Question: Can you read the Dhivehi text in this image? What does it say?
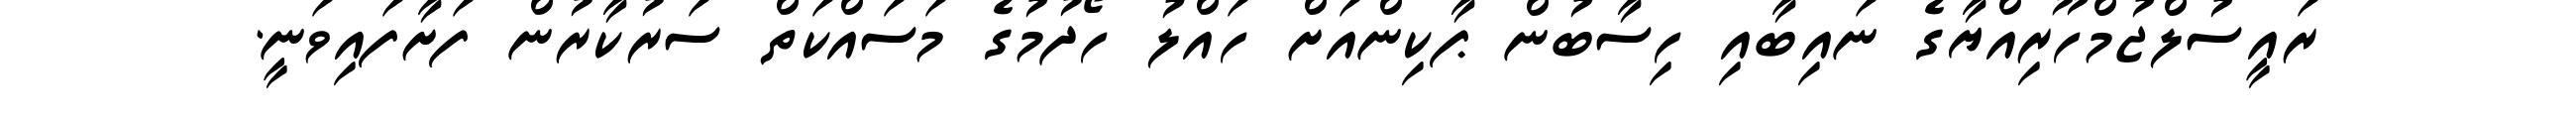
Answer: ރައީސުލްޖުމްހޫރިއްޔާގެ ނައިބާއި ހިސާބުން ޕާކިންއަށް ހައްލު ހޯދުމުގެ މަސައްކަތް ސަރުކާރުން ފަށާފައިވަނީ.